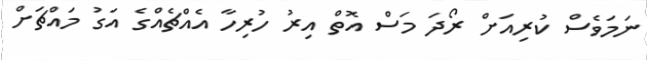
ނަމަވެސް ކުރިއަށް ރޯދަ މަސް އޮތް އިރު ހުރިހާ އެއްޗެއްގެ އަގު މައްޗަށް